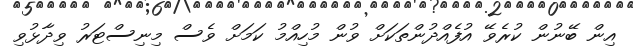
އިން ބޭނުން ކުރެވޭ އުފެއްދުންތަކަށް ވުން މުހިއްމު ކަމަށް ވެސް މިނިސްޓަރު ވިދާޅުވި